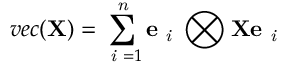
v e c ( \mathbf { X } ) = \sum _ { \textit { i } = 1 } ^ { \textit { n } } \mathbf { e } _ { \textit { i } } \bigotimes \mathbf { X } \mathbf { e } _ { \textit { i } }